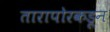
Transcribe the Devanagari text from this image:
तारापोरकडून